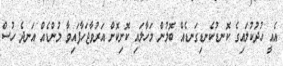
އެއީ ހުދުކުލައިގެ ކޮނޑުކެނޑިގަނޑެއް ބޮލުން މަހާލައި ކޮށިކޮށް އަރުވާޖަހާފައިވާ މުންޑެއް އަނދެ ހުސް